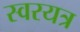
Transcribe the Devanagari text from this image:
स्वरयत्र